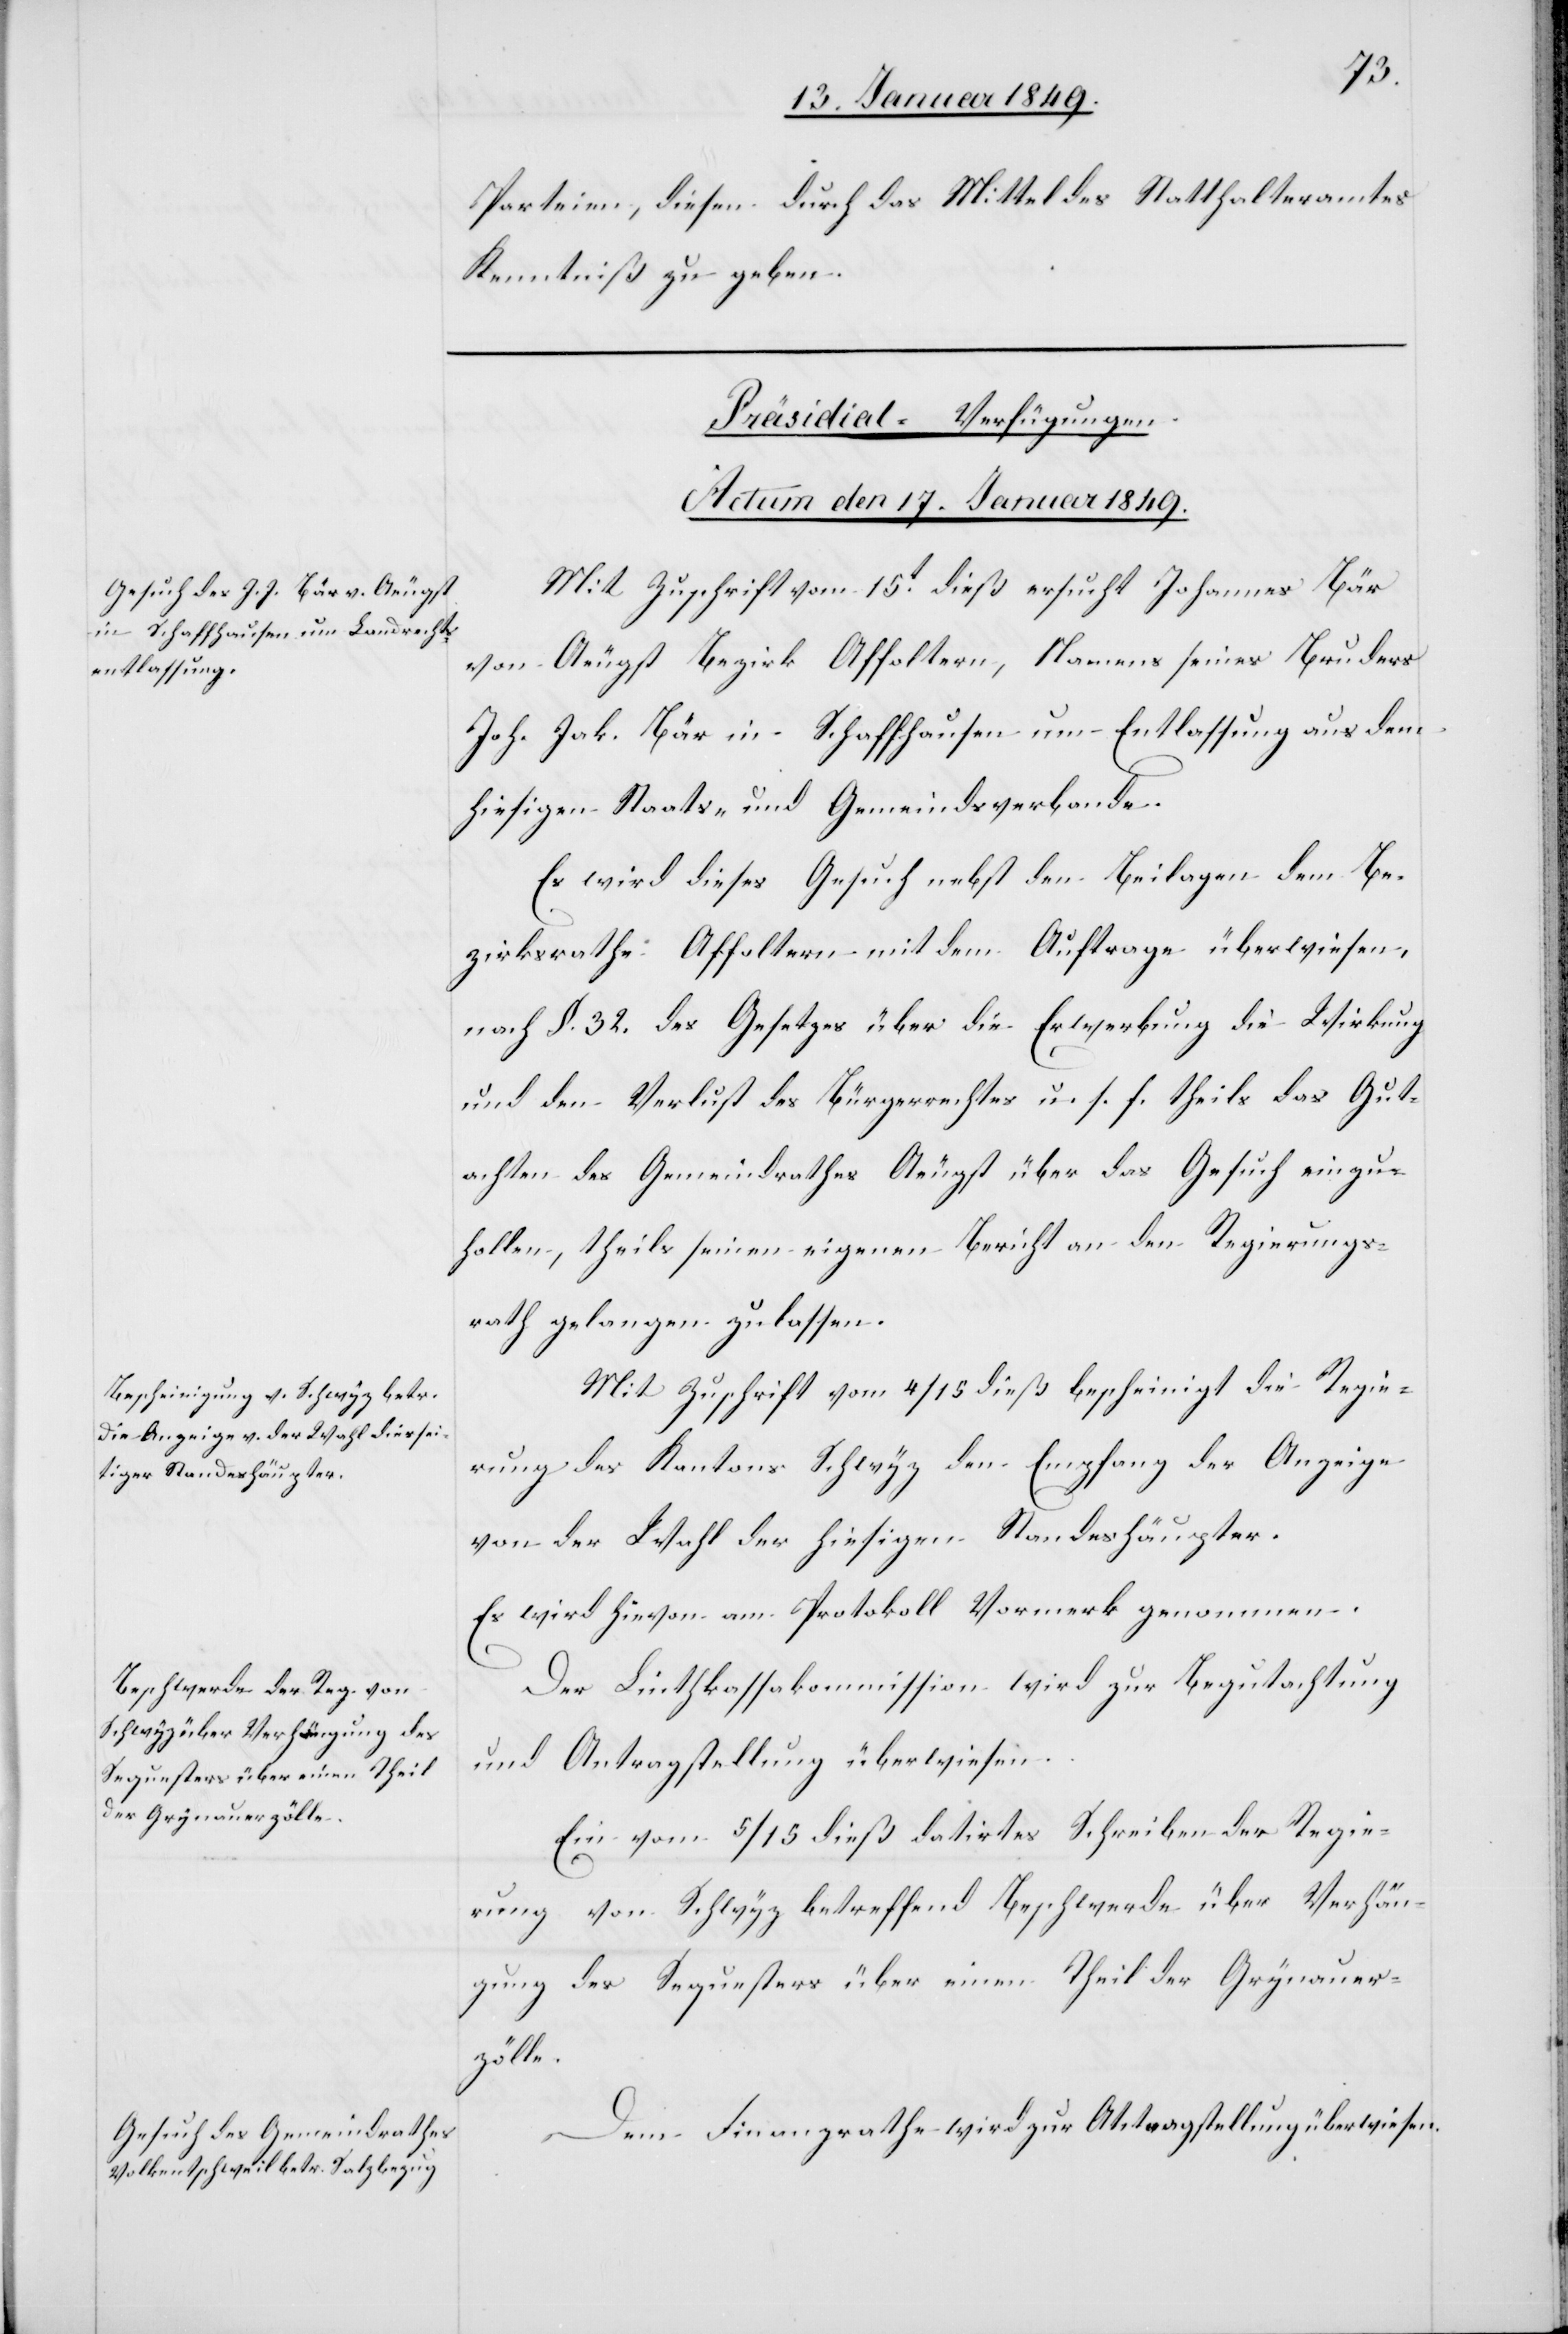
Parteien, diesen durch das Mittel des Statthalteramtes
Kenntniß zu geben.
[Präsidial-Verfügungen.
Actum den 17. Januar 1849.]
Mit Zuschrift vom 15t. dieß ersucht Johannes Bär
von Aeugst Bezirk Affoltern, Namens seines Bruders
Joh. Jak. Bär in Schaffhausen um Entlassung aus dem
hiesigen Staats- und Gemeindsverbande.
Es wird dieses Gesuch nebst den Beilagen dem Be¬
zirksrathe Affoltern mit dem Auftrage überwiesen,
nach §. 32. des Gesetzes über die Erwerbung die Wirkung
und den Verlust des Bürgerrechtes u. s. f. theils das Gut¬
achten des Gemeindrathes Aeugst über das Gesuch einzu¬
hollen, theils seinen eigenen Bericht an den Regierungs¬
rath gelangen zu lassen.
Mit Zuschrift vom 4/15 dieß bescheinigt die Regie¬
rung des Kantons Schwyz den Empfang der Anzeige
von der Wahl der hiesigen Standeshäupter.
Es wird hievon am Protokoll Vormerk genommen.
Der Linthkassakommission wird zur Begutachtung
und Antragstellung überwiesen.
Ein vom 5/15 dieß datirtes Schreiben der Regie¬
rung von Schwyz betreffend Beschwerde über Verhän¬
gung des Sequesters über einen Theil der Grynauer¬
zölle.
Dem Finanzrathe wird zur A[?]tragstellung überwiesen.